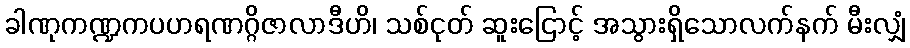
ခါဏုကဏ္ဍကပဟရဏဂ္ဂိဇာလာဒီဟိ၊ သစ်ငုတ် ဆူးငြောင့် အသွားရှိသောလက်နက် မီးလျှံ